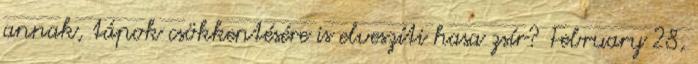
annak, tápok csökkentésére is elveszíti hasa zsír? February 28,